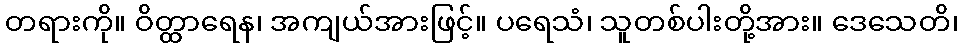
တရားကို။ ဝိတ္ထာရေန၊ အကျယ်အားဖြင့်။ ပရေသံ၊ သူတစ်ပါးတို့အား။ ဒေသေတိ၊